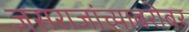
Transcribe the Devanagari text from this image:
जसराजांच्याबरोबर